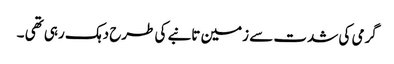
گرمی کی شدت سے زمین تانبے کی طرح دہک رہی تھی ۔